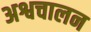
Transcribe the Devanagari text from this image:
अश्वचालन